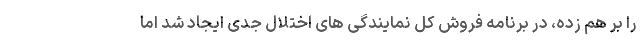
را بر هم زده، در برنامه فروش کل نمایندگی های اختلال جدی ایجاد شد اما